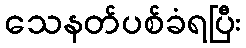
သေနတ်ပစ်ခံရပြီး